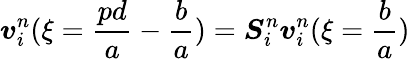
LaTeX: \boldsymbol{v}_{i}^{n}(\xi=\frac{pd}{a}-\frac{b}{a})=\boldsymbol{S}_{i}^{n}\boldsymbol{v}_{i}^{n}(\xi=\frac{b}{a})